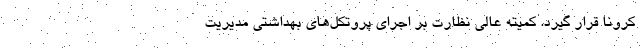
کرونا قرار گیرد. کمیته عالی نظارت بر اجرای پروتکل‌های بهداشتی مدیریت